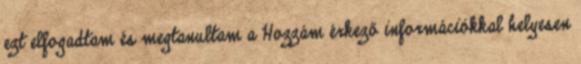
ezt elfogadtam és megtanultam a Hozzám érkező információkkal helyesen